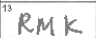
Transcription: RMK